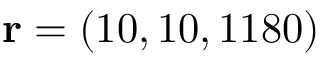
{ \bf r } = ( 1 0 , 1 0 , 1 1 8 0 )